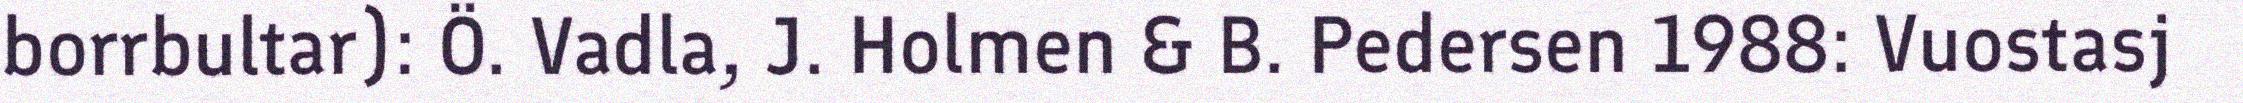
borrbultar): Ö. Vadla, J. Holmen & B. Pedersen 1988: Vuostasj